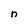
Character: n